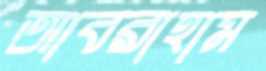
আবরাহাম